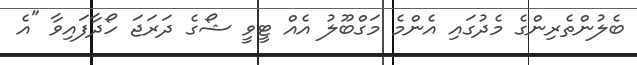
ބެލުންތެރިންގެ މެދުގައި އެންމެ މަގްބޫލު އެއް ޓީވީ ޝޯގެ ދަރަޖަ ހޯދާފައިވާ "އެ